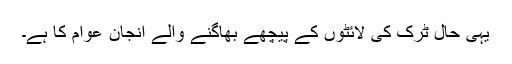
یہی حال ٹرک کی لائٹوں کے پیچھے بھاگنے والے انجان عوام کا ہے۔